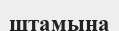
штамына